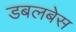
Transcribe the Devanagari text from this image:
डबलबेस